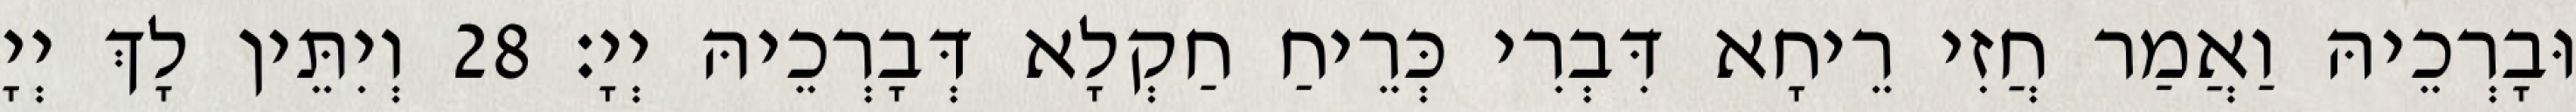
וּבָרְכֵיהּ וַאֲמַר חֲזִי רֵיחָא דִּבְרִי כְּרֵיחַ חַקְלָא דְּבָרְכֵיהּ יְיָ׃ 28 וְיִתֵּין לָךְ יְיָ